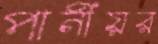
পানীয়র